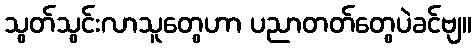
သွတ်သွင်းလာသူတွေဟာ ပညာတတ်တွေပဲခင်ဗျ။